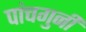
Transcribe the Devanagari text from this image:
पांचगुनी